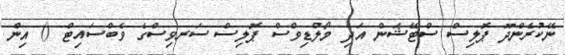
ނޭކުރެންދޫ ޕޮލިސް ސްޓޭޝަން އަދި މޯލްޑިވްސް ޕޮލިސް ސަރވިސްގެ ވެބްސައިޓް () އިން